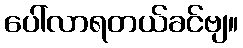
ပေါ်လာရတယ်ခင်ဗျ။